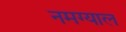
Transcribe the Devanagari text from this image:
नमग्याल